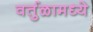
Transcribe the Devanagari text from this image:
वर्तुळामध्ये